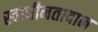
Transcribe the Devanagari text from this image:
स्वाधीनतादान